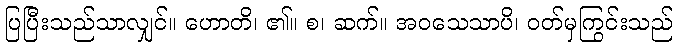
ပြပြီးသည်သာလျှင်။ ဟောတိ၊ ၏။ စ၊ ဆက်။ အဝသေသာပိ၊ ဝတ်မှကြွင်းသည်